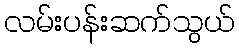
လမ်းပန်းဆက်သွယ်